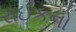
રાઈકનો